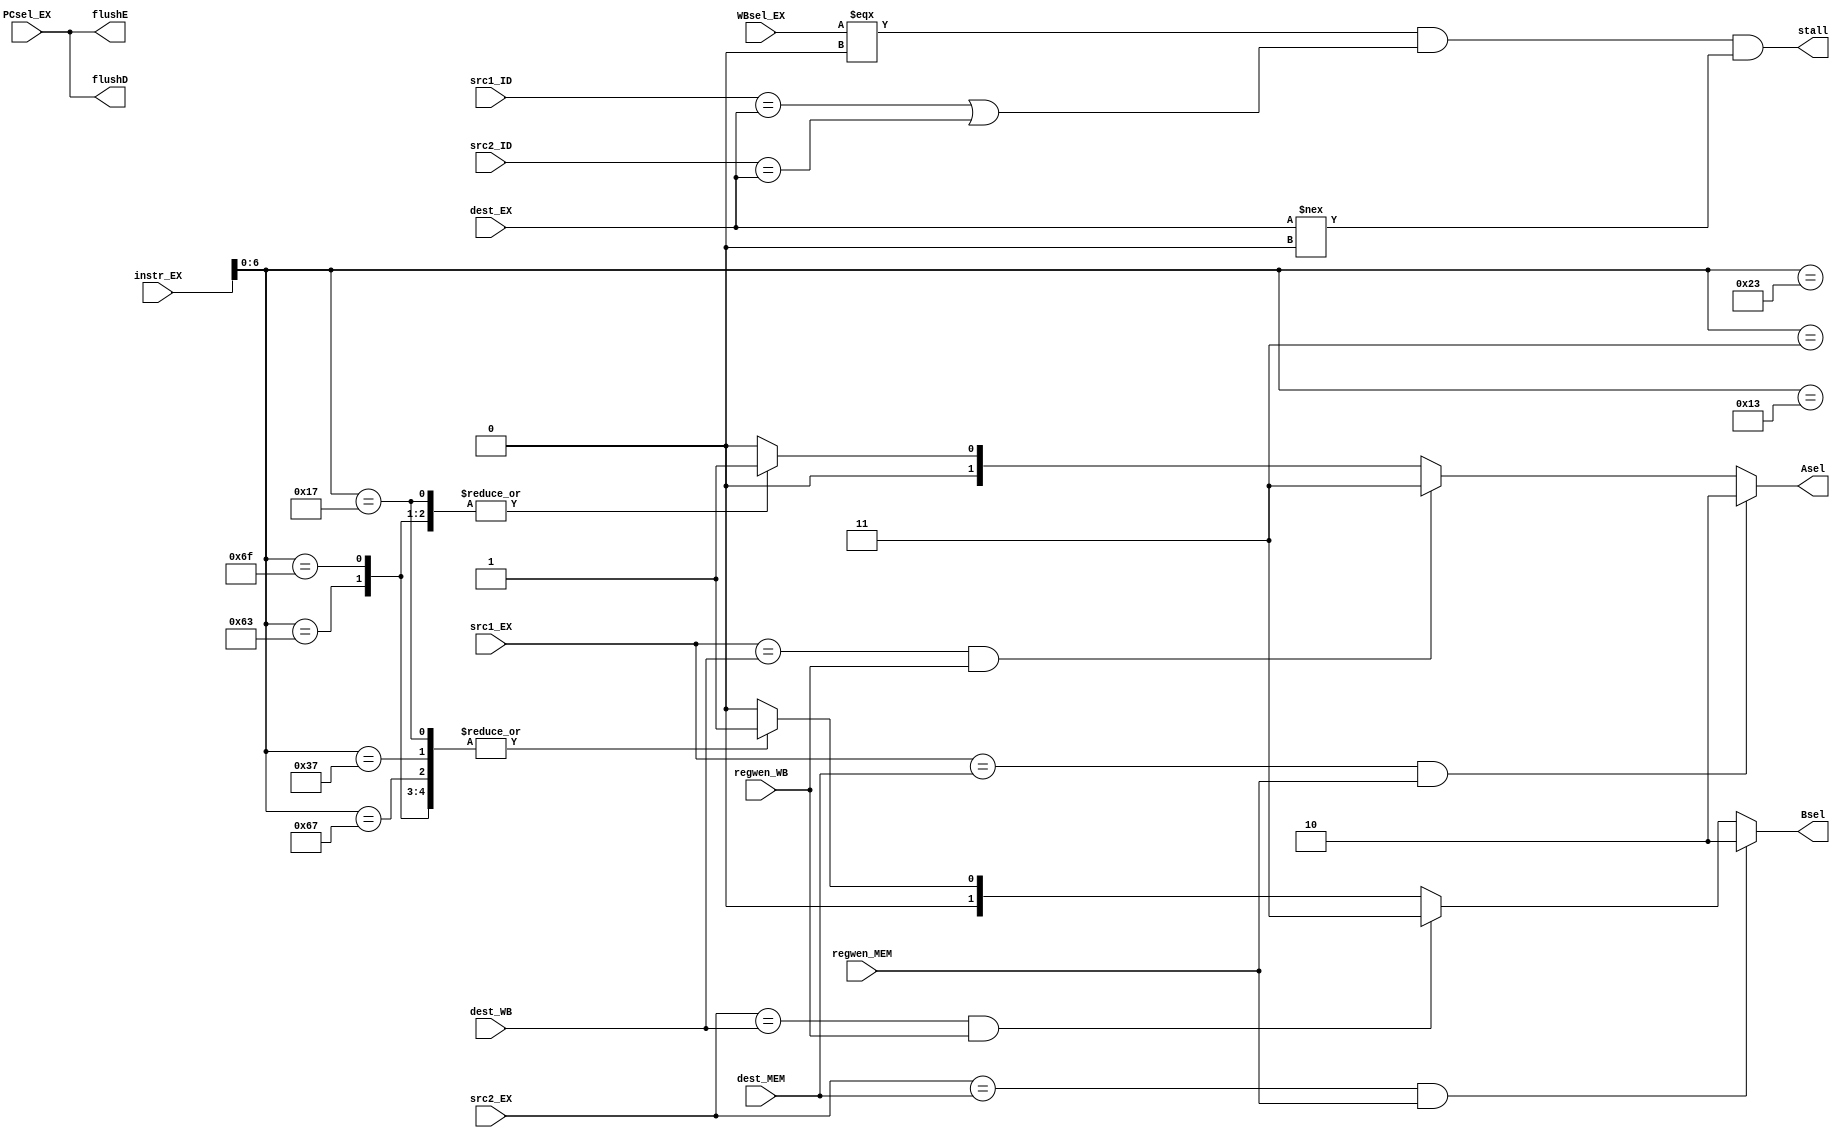
`timescale 1ns / 1ps

module hazard(
    input [31:0] instr_EX,
    input [4:0] src1_EX, src2_EX, dest_MEM, dest_WB, src1_ID, src2_ID, dest_EX,
    input [1:0] WBsel_EX,
    input regwen_WB, regwen_MEM, PCsel_EX,
    output reg [1:0] Asel, Bsel, 
    output stall, flushE, flushD
    );
    //opcode
    parameter R_type        = 7'b0110011;
    parameter I_R_type      = 7'b0010011;
    parameter Load_type     = 7'b0000011;
    parameter Store_type    = 7'b0100011;
    parameter B_type        = 7'b1100011;
    parameter JAL_type      = 7'b1101111;
    parameter JALR_type     = 7'b1100111;
    parameter LUI           = 7'b0110111;
    parameter AUIPC         = 7'b0010111;
    
    wire [6:0] opcode;
    reg [1:0] Aop, Bop;
    assign opcode = instr_EX[6:0];
    
    always @ (instr_EX) begin
        case(opcode)
            R_type:     begin    
                Aop <= 2'b00;
                Bop <= 2'b00;
                end
            I_R_type:   begin
                Aop = 2'b00;
                Bop = 2'b01;
                end
            Load_type:  begin
                Aop = 2'b00;
                Bop = 2'b01;
                end
            Store_type: begin
                Bop = 2'b01;
                end
            B_type:     begin
                Aop = 2'b01;
                Bop = 2'b01;
                end    
            JAL_type:   begin
                Aop = 2'b01;
                Bop = 2'b01;
                end 
            JALR_type : begin
                Aop = 2'b00;
                Bop = 2'b01;
                end
            LUI:        begin
                Bop = 2'b01;
                end      
            AUIPC:      begin
                Aop = 2'b01;
                Bop = 2'b01;
                end     
            default:    begin
                Aop = 2'b00;
                Bop = 2'b00;
                end
        endcase
           
        if ((src1_EX == dest_MEM) & (regwen_MEM))
            Asel = 2'b10;
        else if ((src1_EX == dest_WB) & (regwen_WB))
            Asel = 2'b11;
        else 
            Asel = Aop;
                   
        if ((src2_EX == dest_MEM) & (regwen_MEM))
            Bsel = 2'b10;
        else if ((src2_EX == dest_WB) & (regwen_WB))
            Bsel = 2'b11;
        else
            Bsel = Bop;
    end
    assign stall = (WBsel_EX === 2'b00) & ((src1_ID == dest_EX) | (src2_ID == dest_EX)) & (dest_EX !== 0);
    assign flushE = PCsel_EX;
    assign flushD = PCsel_EX;
endmodule